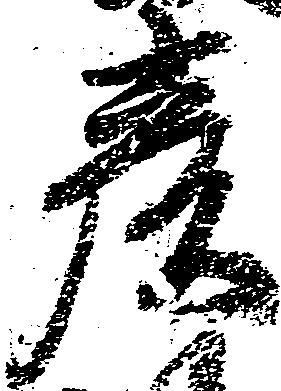
彦